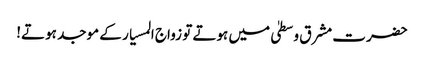
حضرت مشرق وسطیٰ میں ہوتے تو زواج المسیار کے موجد ہوتے!